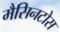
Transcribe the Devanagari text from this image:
मैसिनटोस